Annual report of the Punjab Veterinary College and of the Civil Veterinary Department, Punjab - 1920-1925
Year: 1920
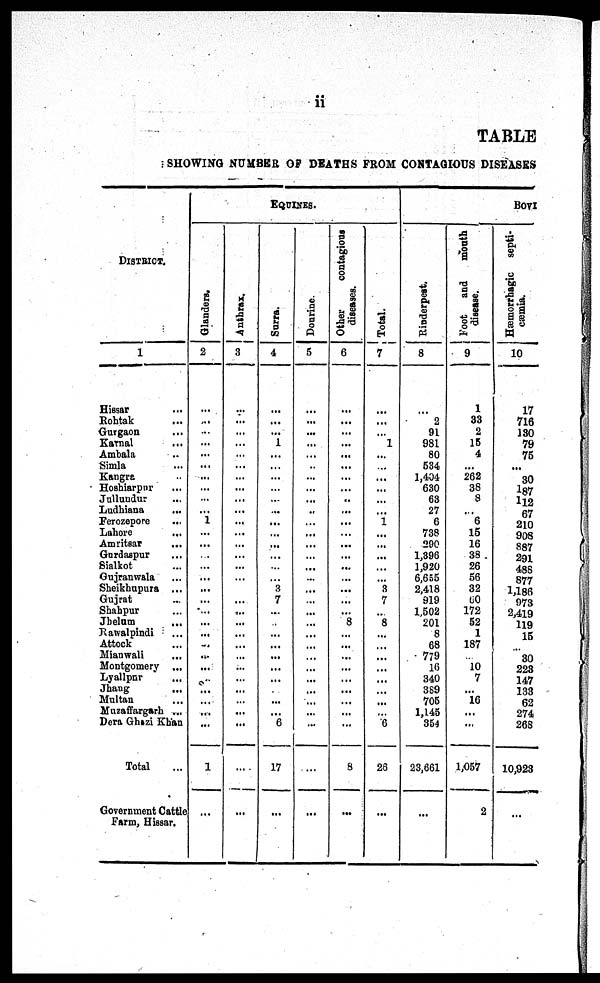
ii
TABLE
SHOWI NG NUMBER OF DEATHS FROM CONTAGI OUS DISEASES
DI STRI CT.
1
Hissar ...
Roht ak ...
Gurgaon ...
Karnal ...
Ambal a ...
Si ml a ...
Kangra ...
Hoshiarpur ...
Jullundur ...
Ludhi ana ...
Ferozepore . . .
Lahore ...
Amritsar ...
Gurdaspur ...
Sialkot ...
Guj ranwal a ...
Sheikhupura ...
Gujrat ...
Shahpur ...
Jhelum ...
Rawalpindi . . .
At t ock ...
Mi anwal i ...
Mont gomery ...
Lyallpur ...
Jhang ...
Mul t an ...
Muzaffargarh ...
Dera Ghazi Khan
Total ...
Government Cattle
Farm, Hissar.
EQUINES.
Glanders.
2
...
...
...
...
...
...
...
...
...
...
1
...
...
...
...
...
...
...
...
...
...
...
...
...
...
...
...
...
...
1
...
Anthrax.
3
...
...
...
...
...
...
...
...
...
...
...
...
...
...
...
...
...
...
...
...
...
...
...
...
...
...
...
...
...
...
Surra.
4
...
...
...
1
...
...
...
...
...
...
...
...
...
...
...
... 3
7
...
...
...
...
...
...
...
...
...
...
6
17
...
Dourine.
5
...
...
...
...
...
...
...
...
...
...
...
...
...
...
...
...
...
...
...
...
...
...
...
...
...
...
...
...
...
...
...
Other
contagions
diseases.
6
...
...
...
...
...
...
...
...
...
...
...
...
...
...
...
...
...
...
...
...
...
...
...
...
...
...
...
...
...
8
...
Total.
7
...
...
... 1
...
...
...
...
...
...
1
...
...
...
...
... 3
7
... 8
...
...
...
...
...
...
...
... 6
26
...
BOVI
Rinderpest.
8
...
2
91
981
80
534
1, 404
630
63
27
6
738
290
1, 396
1, 920
6, 655
2, 418
919
1, 502
201
8
68
779
16
340
389
705
1, 145
354
23, 661
...
Foot and mouth
disease.
9
1
33
2
15
4
...
262
38
8
...
6
15
16
38
26
56
32
60
172
52
1
187
... 10
7
...
16
...
...
1, 057
2
Hæmorrhagic septi-
cæmia.
10
17
716
130
79
75
...
30
187
112
67
210
908
887
291
488
877
1, 186
973
2, 419
119
15
... 30
223
147
133
62
274
268
10, 923
...